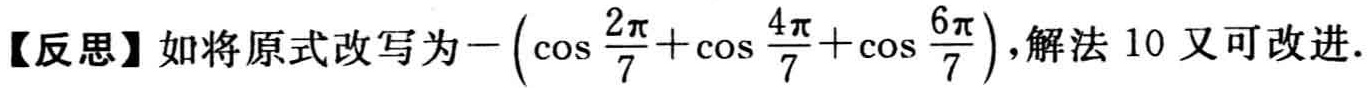
【反思】如将原式改写为\(-\left(\cos \frac{2\pi}{7}+\cos \frac{4\pi}{7}+\cos \frac{6\pi}{7}\right)\)，解法 10 又可改进.